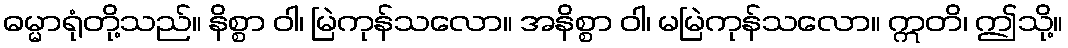
ဓမ္မာရုံတို့သည်။ နိစ္စာ ဝါ၊ မြဲကုန်သလော။ အနိစ္စာ ဝါ၊ မမြဲကုန်သလော။ ဣတိ၊ ဤသို့။